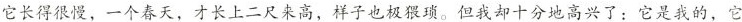
它长得很慢，一个春天，才长上二尺来高，样子也极猥琐。但我却十分地高兴了；它是我的，它